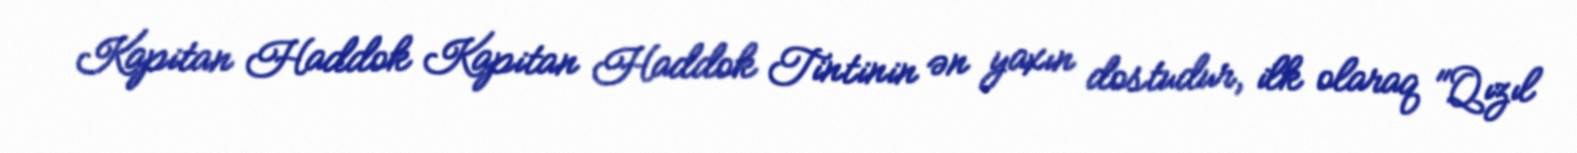
Kapitan Haddok Kapitan Haddok Tintinin ən yaxın dostudur, ilk olaraq "Qızıl